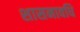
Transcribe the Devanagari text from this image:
शासनावधि